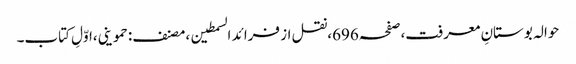
حوالہ بوستانِ معرفت،صفحہ696،نقل از فرائد السمطین،مصنف:حموینی،اوّلِ کتاب۔